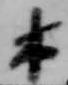
木